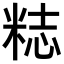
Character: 𥺃